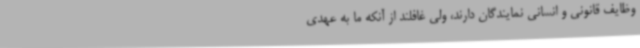
وظایف قانونی و انسانی نمایندگان دارند، ولی غافلند از آنکه ما به عهدی